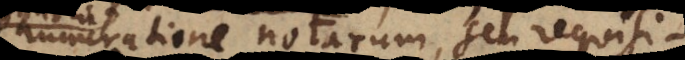
enumeratione notarum, seu requisitorum